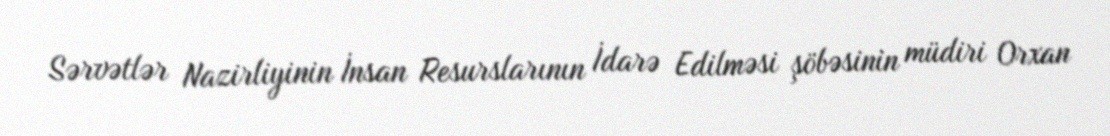
Sərvətlər Nazirliyinin İnsan Resurslarının İdarə Edilməsi şöbəsinin müdiri Orxan